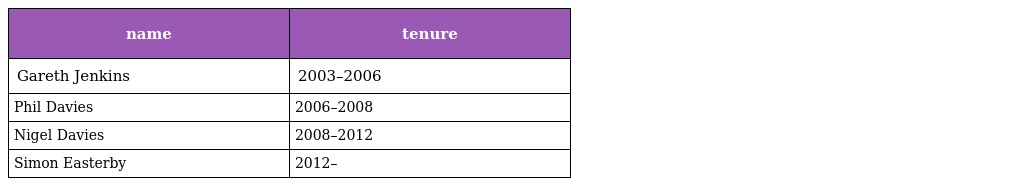
| name | tenure |
 | --- | --- |
 | Gareth Jenkins | 2003–2006 |
 | Phil Davies | 2006–2008 |
 | Nigel Davies | 2008–2012 |
 | Simon Easterby | 2012– |